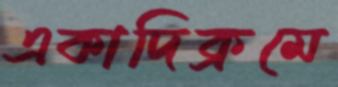
একাদিক্রমে